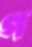
গ